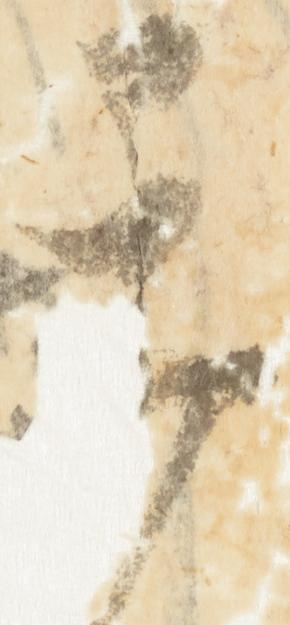
承